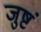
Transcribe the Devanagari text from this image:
जुष्टं